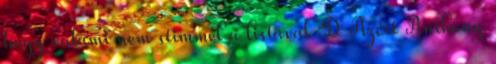
hogy valami nem stimmel a listával :D Azért Anthony